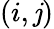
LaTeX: (i,\mathit{j})